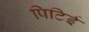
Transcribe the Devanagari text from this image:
पिटिई